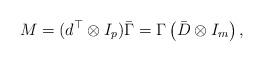
LaTeX: \begin{align*}M=(d^\top\otimes I_p)\bar{\Gamma}=\Gamma\left(\bar{D}\otimes I_m\right),\end{align*}